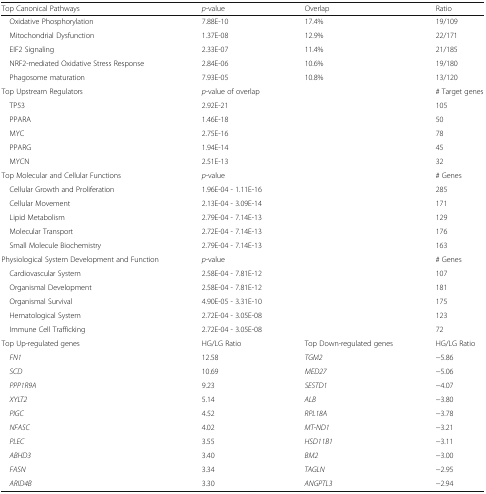
<table><thead><tr><td><b>Top Canonical Pathways</b></td><td><b><i>p</i>-value</b></td><td><b>Overlap</b></td><td><b>Ratio</b></td></tr></thead><tbody><tr><td> Oxidative Phosphorylation</td><td>7.88E-10</td><td>17.4%</td><td>19/109</td></tr><tr><td> Mitochondrial Dysfunction</td><td>1.37E-08</td><td>12.9%</td><td>22/171</td></tr><tr><td> EIF2 Signaling</td><td>2.33E-07</td><td>11.4%</td><td>21/185</td></tr><tr><td> NRF2-mediated Oxidative Stress Response</td><td>2.84E-06</td><td>10.6%</td><td>19/180</td></tr><tr><td> Phagosome maturation</td><td>7.93E-05</td><td>10.8%</td><td>13/120</td></tr><tr><td>Top Upstream Regulators</td><td><i>p</i>-value of overlap</td><td></td><td># Target genes</td></tr><tr><td> TP53</td><td>2.92E-21</td><td></td><td>105</td></tr><tr><td> PPARA</td><td>1.46E-18</td><td></td><td>50</td></tr><tr><td> MYC</td><td>2.75E-16</td><td></td><td>78</td></tr><tr><td> PPARG</td><td>1.94E-14</td><td></td><td>45</td></tr><tr><td> MYCN</td><td>2.51E-13</td><td></td><td>32</td></tr><tr><td>Top Molecular and Cellular Functions</td><td><i>p</i>-value</td><td></td><td># Genes</td></tr><tr><td> Cellular Growth and Proliferation</td><td>1.96E-04 - 1.11E-16</td><td></td><td>285</td></tr><tr><td> Cellular Movement</td><td>2.13E-04 - 3.09E-14</td><td></td><td>171</td></tr><tr><td> Lipid Metabolism</td><td>2.79E-04 - 7.14E-13</td><td></td><td>129</td></tr><tr><td> Molecular Transport</td><td>2.72E-04 - 7.14E-13</td><td></td><td>176</td></tr><tr><td> Small Molecule Biochemistry</td><td>2.79E-04 - 7.14E-13</td><td></td><td>163</td></tr><tr><td>Physiological System Development and Function</td><td><i>p</i>-value</td><td></td><td># Genes</td></tr><tr><td> Cardiovascular System</td><td>2.58E-04 - 7.81E-12</td><td></td><td>107</td></tr><tr><td> Organismal Development</td><td>2.58E-04 - 7.81E-12</td><td></td><td>181</td></tr><tr><td> Organismal Survival</td><td>4.90E-05 - 3.31E-10</td><td></td><td>175</td></tr><tr><td> Hematological System</td><td>2.72E-04 - 3.05E-08</td><td></td><td>123</td></tr><tr><td> Immune Cell Trafficking</td><td>2.72E-04 - 3.05E-08</td><td></td><td>72</td></tr><tr><td>Top Up-regulated genes</td><td>HG/LG Ratio</td><td>Top Down-regulated genes</td><td>HG/LG Ratio</td></tr><tr><td> <i>FN1</i></td><td>12.58</td><td><i>TGM2</i></td><td>−5.86</td></tr><tr><td> <i>SCD</i></td><td>10.69</td><td><i>MED27</i></td><td>−5.06</td></tr><tr><td> <i>PPP1R9A</i></td><td>9.23</td><td><i>SESTD1</i></td><td>−4.07</td></tr><tr><td> <i>XYLT2</i></td><td>5.14</td><td><i>ALB</i></td><td>−3.80</td></tr><tr><td> <i>PIGC</i></td><td>4.52</td><td><i>RPL18A</i></td><td>−3.78</td></tr><tr><td> <i>NFASC</i></td><td>4.02</td><td><i>MT-ND1</i></td><td>−3.21</td></tr><tr><td> <i>PLEC</i></td><td>3.55</td><td><i>HSD11B1</i></td><td>−3.11</td></tr><tr><td> <i>ABHD3</i></td><td>3.40</td><td><i>BM2</i></td><td>−3.00</td></tr><tr><td> <i>FASN</i></td><td>3.34</td><td><i>TAGLN</i></td><td>−2.95</td></tr><tr><td> <i>ARID4B</i></td><td>3.30</td><td><i>ANGPTL3</i></td><td>−2.94</td></tr></tbody></table>